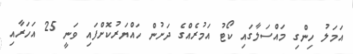
އަމަލު ހިންގި މައްސަލާގައި ކޯޓު އަމުރެއްގެ ދަށުން ހައްޔަރުކޮށްފައި ވަނީ 25 އަހަރާއި